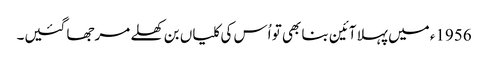
1956ء میں پہلا آئین بنا بھی تو اُس کی کلیاں بن کھلے مرجھا گئیں۔